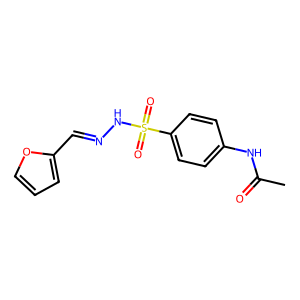
SMILES: CC(=O)Nc1ccc(S(=O)(=O)NN=Cc2ccco2)cc1
Inhibits HIV replication: No